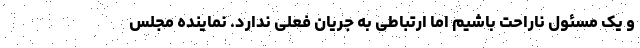
و یک مسئول ناراحت باشیم اما ارتباطی به جریان فعلی ندارد. نماینده مجلس